Vaccination in Bombay 1889-1901 - 1889-1901
Year: 1889
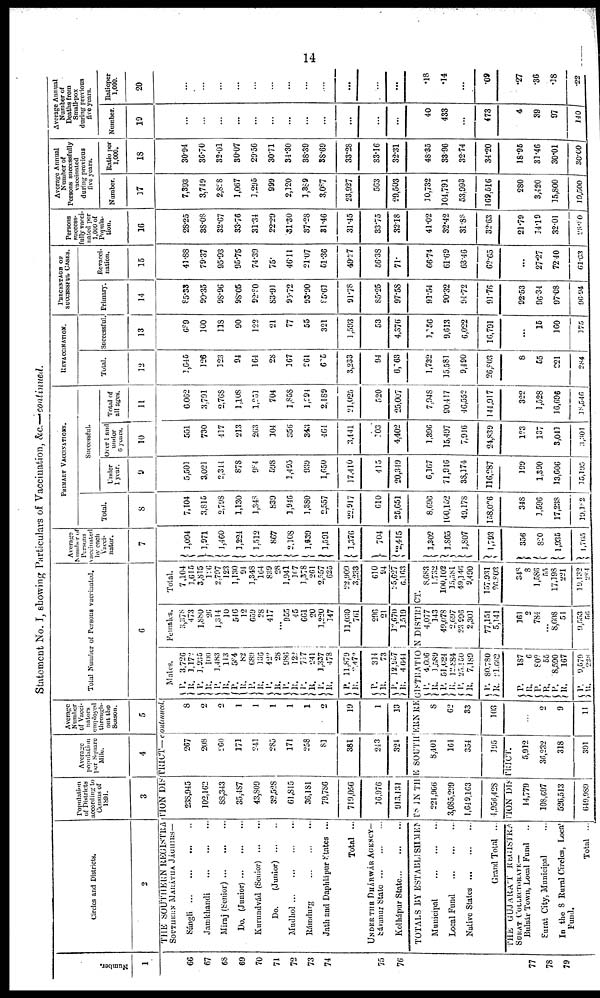
14
Statement No. I, showing Particulars of Vaccination, &c.—continued.
Number.
1
66
67
68
69
70
71
72
73
74
75
76
77
78
79
Circles and Districts.
2
Population
of Districts
according to
Census of
1891.
3
Average
population
per Square
Mile.
4
Average
Number
of Vacci¬
nators
employed
through-
out the
Season.
5
THE SOUTHERN REGISTRATION DISTRICT— continued.
SOUTHERN MARÁTHA JÁGHIRS—
Sángli
...
...
...
...
Jamkhandi
...
...
...
Miraj (Senior)
...
...
...
Do. (Junior)
...
...
...
Kurundvád (Senior)
...
...
Do.
(Junior)
...
...
Mudhol
...
...
...
...
Rámdurg
...
...
...
Jath and Daphlápur States ...
Total ...
UNDER THE DHÁRWÁR AGENCY—
Sávanur State
...
...
...
Kolhápur State
...
...
...
238,945
102,162
88,343
35,487
43,809
32,528
61,815
36,181
79,786
719,056
16,976
913,131
267
208
260
171
241
285
171
258
81
381
243
324
8
2
2
1
1
1
1
1
2
19
1
13
Total Number of Persons vaccinated.
6
Males.
P.
R.
P.
R.
P.
R.
P.
R.
P.
R. P.
R.
P.
R. P.
R. P.
R.
P.
R.
P.
R.
P.
R.
3,720
1,172
3,935
100
3,483
113
584
82
689
136
422
28
986
122
717
241
1,337
478
11,879
2,472
314
73
12,957
4,644
Females.
3,378
473
1,880
26
1,314
10
516
12
659
28
417
...
955
45
661
20
1,220
147
11,030
761
296
21
32,670
1,519
Total.
7,104
1,645
3,815
126
2,797
123
1,130
94
3,348
164
839
28
1,941
367
3,378
261
2,557
625
22,909
3,233
610
94
25,627
6,163
TOTALS BY ESTABLISHMENTS IN THE SOUTHERN REGISTRATION DISTRICT.
Municipal
...
...
...
Local Fund
...
...
...
Native States
...
...
...
Grand Total ...
221,966
3,085,299
1,649,163
4,956,428
8,401
164
354
195
THE GUJARÁT REGISTRATION DISTRICT.
SURAT COLLECTORATE—
Bulsár Town, Local Fund ...
Surat City, Municipal ...
In the 8 Rural Circles, Local
Fund.
Total ...
14,779
108,697
526,513
649,989
5,912
36,232
318
391
8
62
33
103
...
2
9
11
P. R.
P.
R.
P.
R.
P.
R.
P. R.
P. R.
P.
R.
P.
R.
4,606
1,589
51,024
12,884
25,150
7,189
80,780
21,662
187
6
802
55
8,590
167
9,579
228
4,077
143
49,078
2,697
23,996
2,301
77,151
5,141
161
2
784
... 8,008
54
9,553
56
8,683
1,732
100,102
15,581
49,146
9,490
157,931
26,803
348
8
1,586
55
17,198
221
19,132
284
Average
Number of
Persons
vaccinated
by each
Vacci¬
nator.
7
3,094
1,971
1,460
1,224
1,512
867
2,108
1,639
1,591
1,376
704
2,415
1,302
1,865
1,807
1,793
356
820
1,935
1,765
PRIMARY VACCINATIONS.
Total.
8
7,104
3,815
2,798
1,130
1,348
839
1,946
1,380
2,557
22,917
610
25,651
8,696
100,152
49,178
158,026
348
1,596
17,238
19,182
Successful.
Under
1 year.
9
5,501
3,021
2,314
878
984
598
1,495
939
1,650
17,410
415
20,349
6,167
71,946
38,174
116,287
199
1,390
13,606
15,195
Over 1 and
under
6 years.
10
551
730
417
213
263
104
356
343
464
3,441
103
4,402
1,396
15,497
7,946
24,839
123
137
3,041
3,301
Total of
all ages.
11
6,062
3,791
2,768
1,108
1,251
704
1,858
1,294
2,189
21,025
520
25,007
7,948
90,417
46,552
144,917
322
1,528
16,696
18,546
REVACCINATION.
Total.
12
3,645
126
323
94
164
28
167
261
605
3,233
94
6,063
1,732
35,581
9,490
26,803
8
55
221
284
Successful.
13
689
100
118
90
122
21
77
55
321
1,593
53
4,376
1,756
9,613
6,022
16,791
...
15
160
175
PERCENTAGE OF
SUCCESSFUL CASES.
Primary.
14
85.33
99.35
98.96
98.05
92.80
83.91
95.72
93.90
85.61
91.78
85.25
97.58
91.54
90.32
94.72
91.76
92.53
96.34
97.08
96.94
Revacci¬
nation.
15
41.88
79.37
95.93
95.75
74.39
75.
46.11
21.07
51.36
49.27
56.38
71.
66.74
61.69
63.46
62.65
...
27.27
72.40
61.63
Persons
succcss¬
fully vacci-
nated per
1,000 of
Popula-
tion.
16
28.25
38.08
32.67
33.76
31.34
22.29
31.30
37.28
31.46
31.45
33.75
32.18
41.02
32.42
31.88
32.63
21.79
14.19
32.01
28.80
Average Annual
Number of
Persons successfully
vaccinated
during previous
five years.
Number.
37
7,393
3,749
2,828
1,067
1,295
999
2,320
1,389
3,087
23,927
563
29,503
10,732
104,791
53,993
169,516
280
3,420
35,800
19,500
Ratio per
1,000.
18
30.94
36.70
32.01
30.07
29.56
30.71
34.30
38.39
38.69
33.28
33.16
32.31
48.35
33.96
32.74
34.20
18.96
31.46
30.01
30.00
Average Annual
Number of
Deaths from
Small-pox
during previous
five years.
Number.
19
...
...
...
...
...
...
...
...
...
...
...
...
40
433
...
473
4
39
97
140
Ratioper
1,000.
20
...
...
...
...
...
...
...
...
...
...
...
...
.18
.14
...
.09
.27
.36
.18
.22